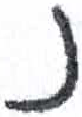
אות: נ